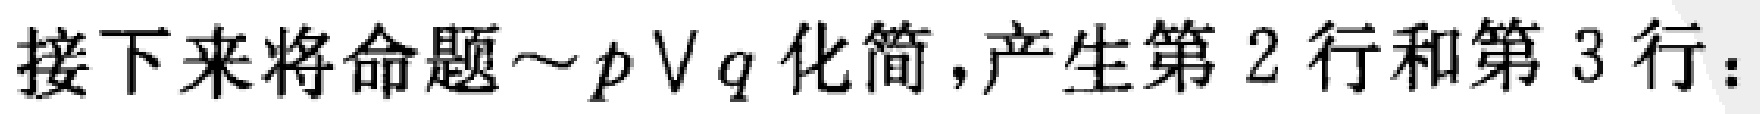
接下来将命题\(\sim p\vee q\)化简，产生第 2 行和第 3 行：